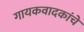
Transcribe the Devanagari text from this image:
गायकवादकांचे